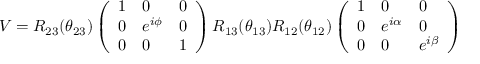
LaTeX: V = R _ { 2 3 } ( \theta _ { 2 3 } ) \left( \begin{array} { l l l } { { 1 } } & { { 0 } } & { { 0 } } \\ { { 0 } } & { { e ^ { i \phi } } } & { { 0 } } \\ { { 0 } } & { { 0 } } & { { 1 } } \end{array} \right) R _ { 1 3 } ( \theta _ { 1 3 } ) R _ { 1 2 } ( \theta _ { 1 2 } ) \left( \begin{array} { l l l } { { 1 } } & { { 0 } } & { { 0 } } \\ { { 0 } } & { { e ^ { i \alpha } } } & { { 0 } } \\ { { 0 } } & { { 0 } } & { { e ^ { i \beta } } } \end{array} \right)